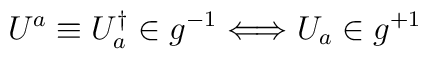
U^{a} \equiv U_{a}^{\dagger} \in g^{-1} \Longleftrightarrow U_{a} \in g^{+1}